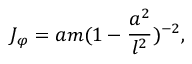
J _ { \varphi } = a m ( 1 - \frac { a ^ { 2 } } { l ^ { 2 } } ) ^ { - 2 } ,